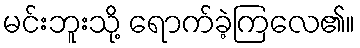
မင်းဘူးသို့ ရောက်ခဲ့ကြလေ၏။